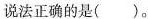
说法正确的是( )。